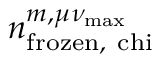
n _ { \mathrm { f r o z e n , \ c h i } } ^ { m , \mu \nu _ { \mathrm { m a x } } }